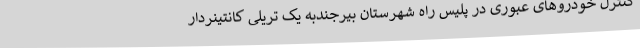
کنترل خودروهای عبوری در پلیس راه شهرستان بیرجندبه یک تریلی کانتینردار